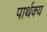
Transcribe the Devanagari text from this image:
पार्थक्‍य